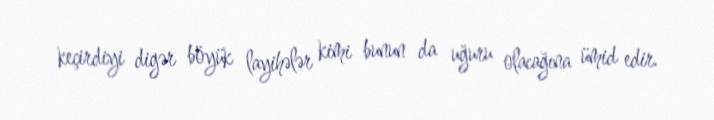
keçirdiyi digər böyük layihələr kimi bunun da uğuru olacağına ümid edir.